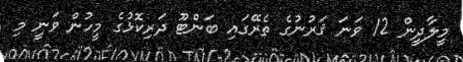
މީލާދީން 12 ވަނަ ޤަރުނުގެ ތެރޭގައި ބަންޓޫ ދަރިކޮޅުގެ މީހުން ވަނީ މި